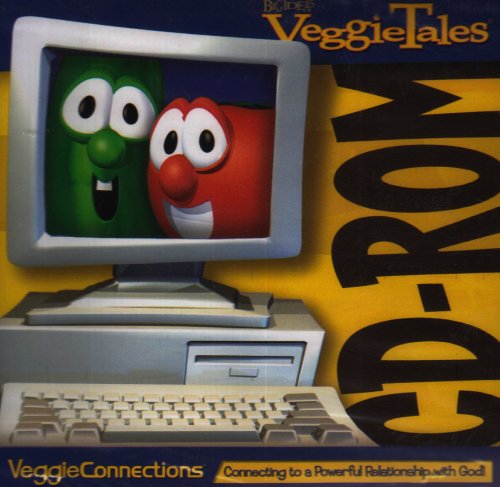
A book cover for VeggieTales Preschool Curriculum Kit; Integrity Publishers; Christian Books & Bibles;